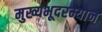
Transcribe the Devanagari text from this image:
मुख्यभूदरम्यान